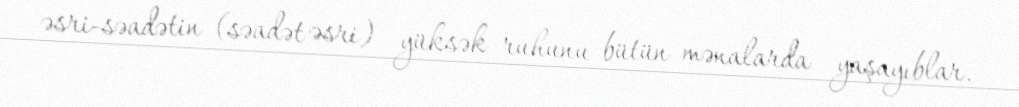
əsri-səadətin (səadət əsri) yüksək ruhunu bütün mənalarda yaşayıblar.